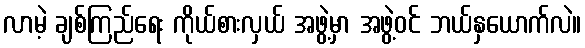
လာမဲ့ ချစ်ကြည်ရေး ကိုယ်စားလှယ် အဖွဲ့မှာ အဖွဲ့ဝင် ဘယ်နှယောက်လဲ။